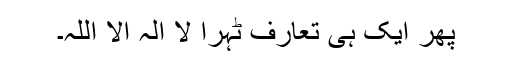
پھر ایک ہی تعارف ٹہرا لا الہ الا اللہ۔